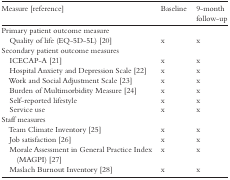
<table><thead><tr><td><b>Measure [reference]</b></td><td><b>Baseline</b></td><td><b>9-month follow-up</b></td></tr></thead><tbody><tr><td>Primary patient outcome measure</td><td></td><td></td></tr><tr><td> Quality of life (EQ-5D-5L) [20]</td><td>x</td><td>x</td></tr><tr><td>Secondary patient outcome measures</td><td></td><td></td></tr><tr><td> ICECAP-A [21]</td><td>x</td><td>x</td></tr><tr><td> Hospital Anxiety and Depression Scale [22]</td><td>x</td><td>x</td></tr><tr><td> Work and Social Adjustment Scale [23]</td><td>x</td><td>x</td></tr><tr><td> Burden of Multimorbidity Measure [24]</td><td>x</td><td>x</td></tr><tr><td> Self-reported lifestyle</td><td>x</td><td>x</td></tr><tr><td> Service use</td><td>x</td><td>x</td></tr><tr><td>Staff measures</td><td></td><td></td></tr><tr><td> Team Climate Inventory [25]</td><td>x</td><td>x</td></tr><tr><td> Job satisfaction [26]</td><td>x</td><td>x</td></tr><tr><td> Morale Assessment in General Practice Index (MAGPI) [27]</td><td>x</td><td>x</td></tr><tr><td> Maslach Burnout Inventory [28]</td><td>x</td><td>x</td></tr></tbody></table>